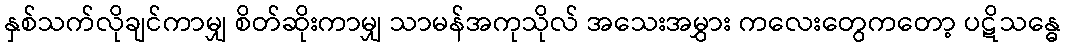
နှစ်သက်လိုချင်ကာမျှ စိတ်ဆိုးကာမျှ သာမန်အကုသိုလ် အသေးအမွှား ကလေးတွေကတော့ ပဋိသန္ဓေ